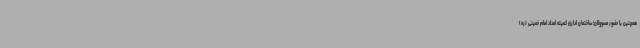
همچنین با حضور مسوولان؛ ساختمان اداری کمیته امداد امام خمینی (ره)